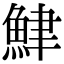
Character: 𫙟